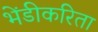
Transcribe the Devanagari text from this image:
भेंडीकरिता